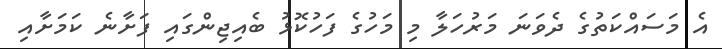
އެ މަސައްކަތުގެ ދެވަނަ މަރުހަލާ މި މަހުގެ ފަހުކޮޅު ބެއިޖިންގައި ފަށާނެ ކަމަށާއި